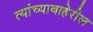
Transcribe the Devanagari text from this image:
त्यांच्याबाहेरील